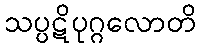
သပ္ပဋိပုဂ္ဂလောတိ